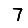
Digit: 7